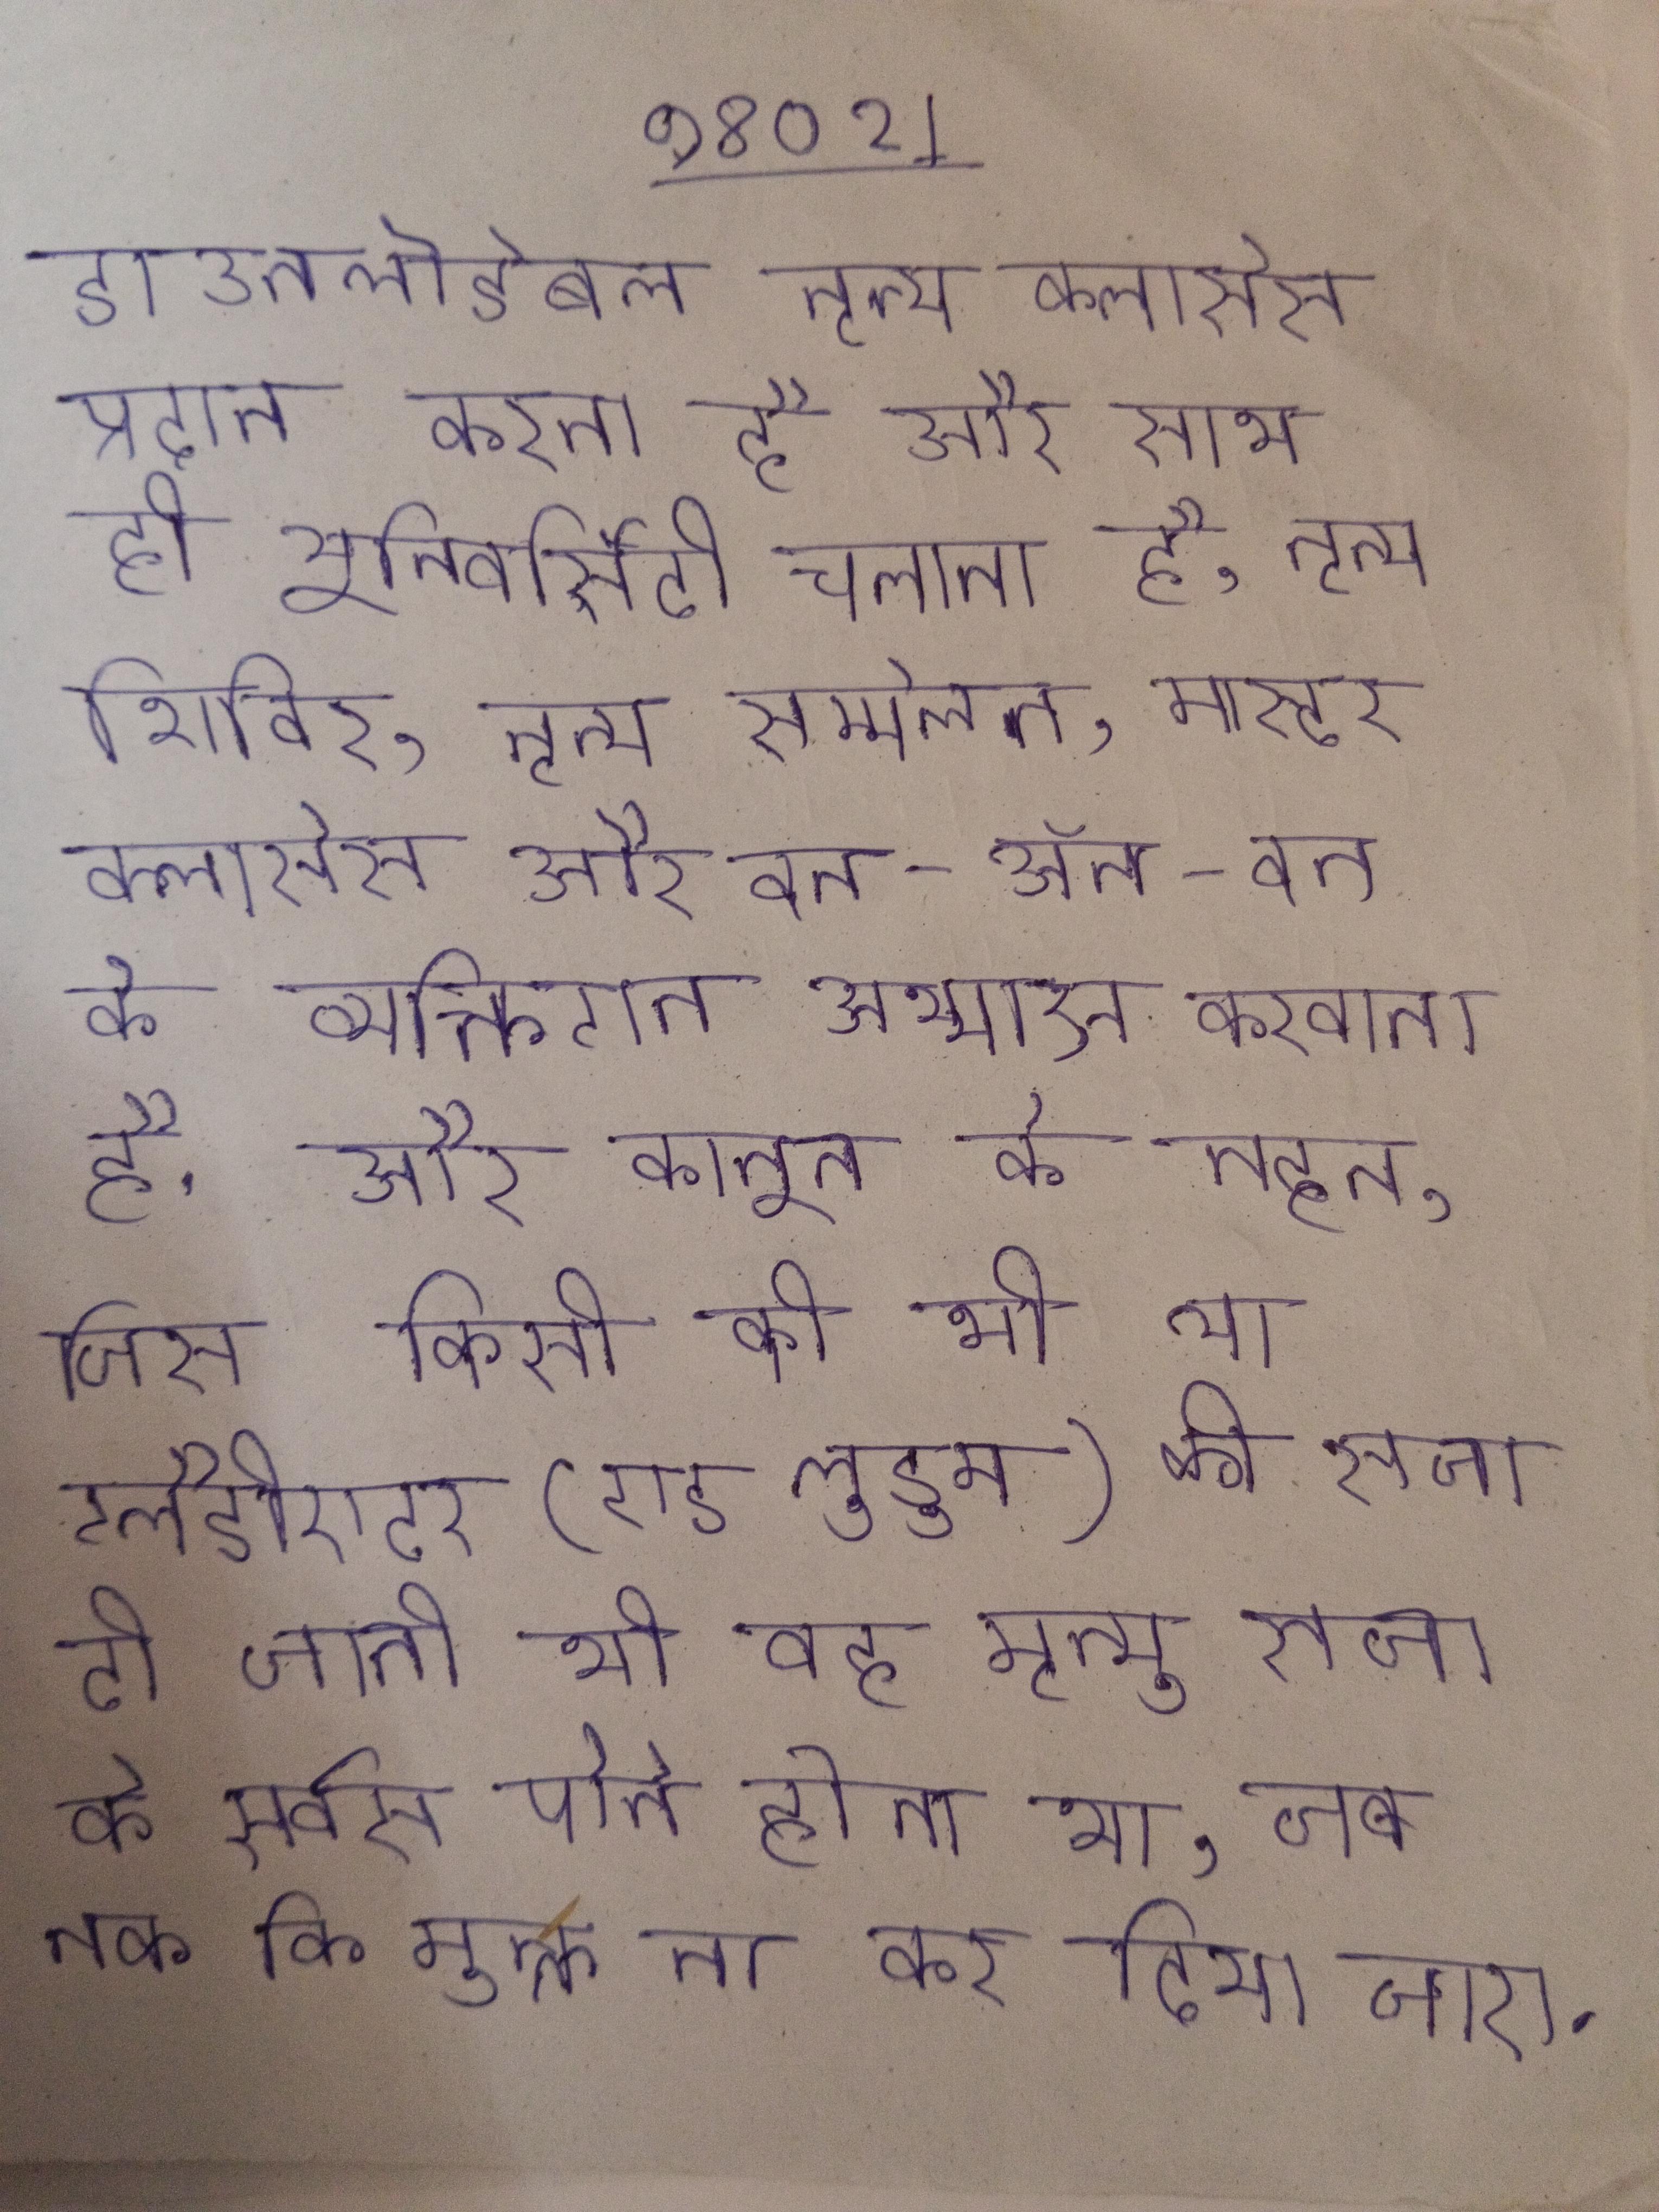
डाउनलोडेबल नृत्य क्लासेस प्रदान करता है और साथ ही यूनिवर्सिटी चलाता है, नृत्य शिविर, नृत्य सम्मेलन, मास्टर क्लासेस और वन-ऑन-वन के व्यक्तिगत अभ्यास करवाता है . और कानून के तहत, जिस किसी को भी या ग्लैडीएटर (एड लुडुम) की सजा दी जाती थी वह मृत्यु सजा के सर्वस पोने होता था, जब तक कि मुक्त ना कर दिया जाए .